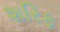
શરિફ